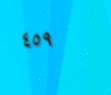
٤٥٩